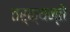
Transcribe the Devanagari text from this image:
तर्क्यन्ते